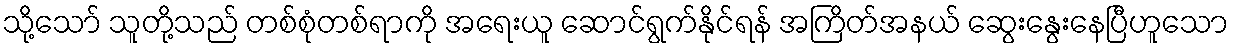
သို့သော် သူတို့သည် တစ်စုံတစ်ရာကို အရေးယူ ဆောင်ရွက်နိုင်ရန် အကြိတ်အနယ် ဆွေးနွေးနေပြီဟူသော